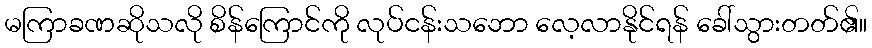
မကြာခဏဆိုသလို စိန်ကြောင်ကို လုပ်ငန်းသဘော လေ့လာနိုင်ရန် ခေါ်သွားတတ်၏။